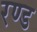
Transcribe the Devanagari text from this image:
रण्ड